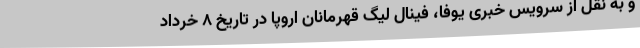
و به نقل از سرویس خبری یوفا، فینال لیگ قهرمانان اروپا در تاریخ ۸ خرداد